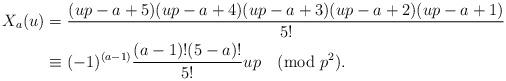
LaTeX: \begin{align*}X_{a}(u) &=\frac{(up-a+5)(up-a+4)(up-a+3)(up-a+2)(up-a+1)}{5!} \\& \equiv (-1)^{(a-1)}\frac{(a-1)!(5-a)!}{5!}up \pmod{p^2}.\end{align*}